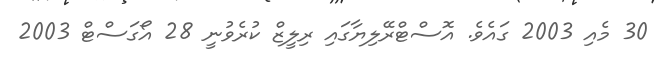
30 މެއި 2003 ގައެވެ. އޮސްޓްރޭލިޔާގައި ރިލީޒް ކުރެވުނީ 28 އޯގަސްޓް 2003